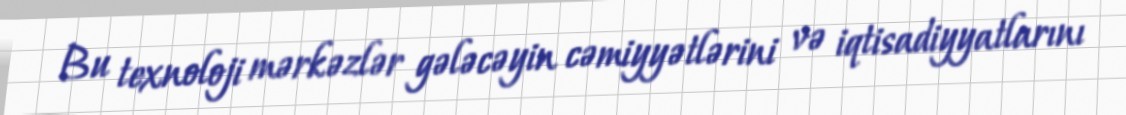
Bu texnoloji mərkəzlər gələcəyin cəmiyyətlərini və iqtisadiyyatlarını